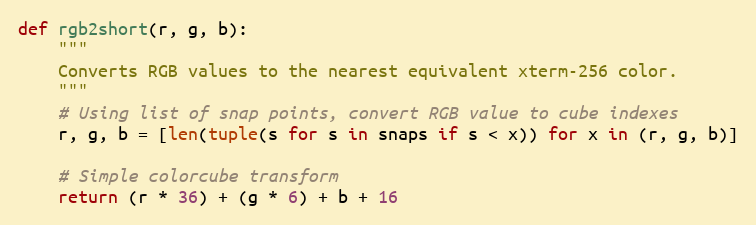
Language: Python
def rgb2short(r, g, b):
    """
    Converts RGB values to the nearest equivalent xterm-256 color.
    """
    # Using list of snap points, convert RGB value to cube indexes
    r, g, b = [len(tuple(s for s in snaps if s < x)) for x in (r, g, b)]

    # Simple colorcube transform
    return (r * 36) + (g * 6) + b + 16